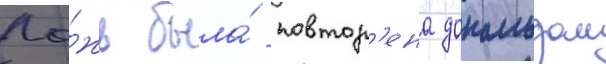
Ло́жь была́ повтор'ена дональдом